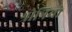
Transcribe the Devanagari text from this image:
श्रोत्रियो